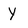
Character: Y